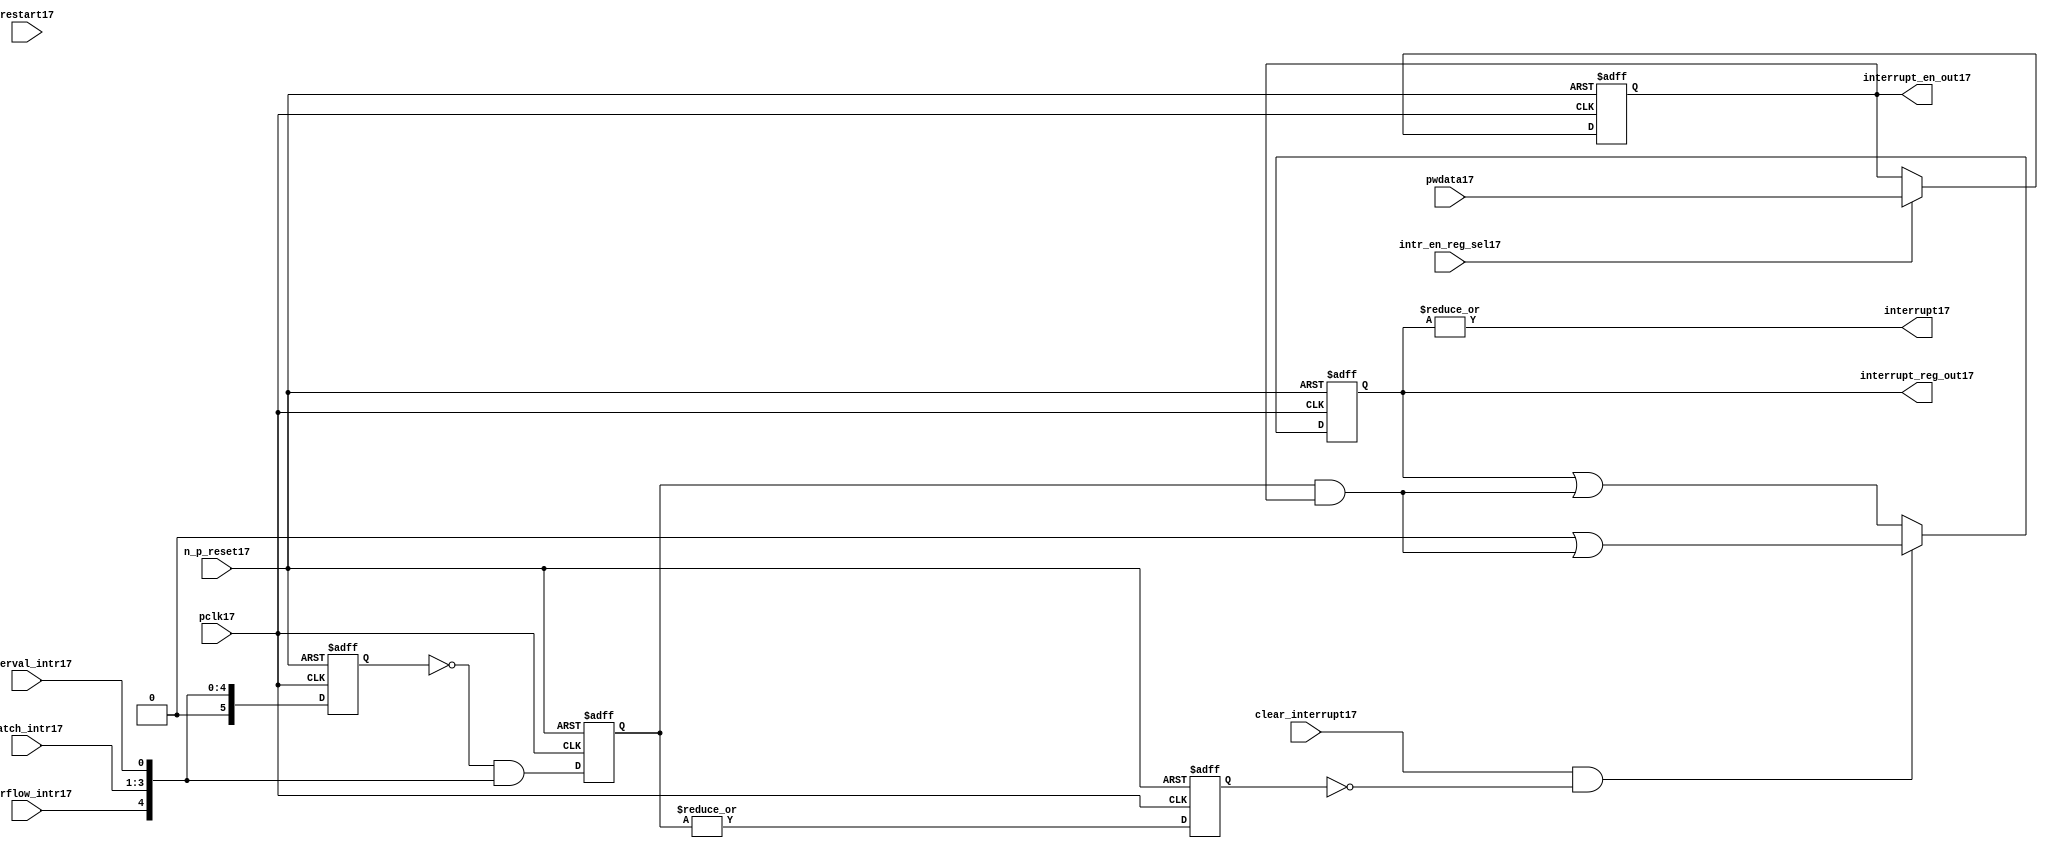
//File17 name   : ttc_interrupt_lite17.v
//Title17       : 
//Created17     : 1999
//Description17 : Interrupts17 from the counter modules17 are registered
//              and if enabled cause the output interrupt17 to go17 high17.
//              Also17 the match117 interrupts17 are monitored17 to generate output 
//Notes17       : 
//----------------------------------------------------------------------
//   Copyright17 1999-2010 Cadence17 Design17 Systems17, Inc17.
//   All Rights17 Reserved17 Worldwide17
//
//   Licensed17 under the Apache17 License17, Version17 2.0 (the
//   "License17"); you may not use this file except17 in
//   compliance17 with the License17.  You may obtain17 a copy of
//   the License17 at
//
//       http17://www17.apache17.org17/licenses17/LICENSE17-2.0
//
//   Unless17 required17 by applicable17 law17 or agreed17 to in
//   writing, software17 distributed17 under the License17 is
//   distributed17 on an "AS17 IS17" BASIS17, WITHOUT17 WARRANTIES17 OR17
//   CONDITIONS17 OF17 ANY17 KIND17, either17 express17 or implied17.  See
//   the License17 for the specific17 language17 governing17
//   permissions17 and limitations17 under the License17.
//----------------------------------------------------------------------
 


//-----------------------------------------------------------------------------
// Module17 definition17
//-----------------------------------------------------------------------------

module ttc_interrupt_lite17(

  //inputs17
  n_p_reset17,                             
  pwdata17,                             
  pclk17,
  intr_en_reg_sel17, 
  clear_interrupt17,                   
  interval_intr17,
  match_intr17,
  overflow_intr17,
  restart17,

  //outputs17
  interrupt17,
  interrupt_reg_out17,
  interrupt_en_out17
  
);


//-----------------------------------------------------------------------------
// PORT DECLARATIONS17
//-----------------------------------------------------------------------------

   //inputs17
   input         n_p_reset17;            //reset signal17
   input [5:0]   pwdata17;               //6 Bit17 Data signal17
   input         pclk17;                 //System17 clock17
   input         intr_en_reg_sel17;      //Interrupt17 Enable17 Reg17 Select17 signal17
   input         clear_interrupt17;      //Clear Interrupt17 Register signal17
   input         interval_intr17;        //Timer_Counter17 Interval17 Interrupt17
   input [3:1]   match_intr17;           //Timer_Counter17 Match17 1 Interrupt17 
   input         overflow_intr17;        //Timer_Counter17 Overflow17 Interrupt17 
   input         restart17;              //Counter17 restart17

   //Outputs17
   output        interrupt17;            //Interrupt17 Signal17 
   output [5:0]  interrupt_reg_out17;    //6 Bit17 Interrupt17 Register
   output [5:0]  interrupt_en_out17; //6 Bit17 Interrupt17 Enable17 Register


//-----------------------------------------------------------------------------
// Internal Signals17 & Registers17
//-----------------------------------------------------------------------------

   wire [5:0]   intr_detect17;          //Interrupts17 from the Timer_Counter17
   reg [5:0]    int_sync_reg17;         //6-bit 1st cycle sync register
   reg [5:0]    int_cycle_reg17;        //6-bit register ensuring17 each interrupt17 
                                      //only read once17
   reg [5:0]    interrupt_reg17;        //6-bit interrupt17 register        
   reg [5:0]    interrupt_en_reg17; //6-bit interrupt17 enable register
   

   reg          interrupt_set17;        //Prevents17 unread17 interrupt17 being cleared17
   
   wire         interrupt17;            //Interrupt17 output
   wire [5:0]   interrupt_reg_out17;    //Interrupt17 register output
   wire [5:0]   interrupt_en_out17; //Interrupt17 enable output


   assign interrupt17              = |(interrupt_reg17);
   assign interrupt_reg_out17      = interrupt_reg17;
   assign interrupt_en_out17       = interrupt_en_reg17;
   
   assign intr_detect17 = {1'b0,
                         overflow_intr17,  
                         match_intr17[3],  
                         match_intr17[2], 
                         match_intr17[1], 
                         interval_intr17};

   

// Setting interrupt17 registers
   
   always @ (posedge pclk17 or negedge n_p_reset17)
   begin: p_intr_reg_ctrl17
      
      if (!n_p_reset17)
      begin
         int_sync_reg17         <= 6'b000000;
         interrupt_reg17        <= 6'b000000;
         int_cycle_reg17        <= 6'b000000;
         interrupt_set17        <= 1'b0;
      end
      else 
      begin

         int_sync_reg17    <= intr_detect17;
         int_cycle_reg17   <= ~int_sync_reg17 & intr_detect17;

         interrupt_set17   <= |int_cycle_reg17;
          
         if (clear_interrupt17 & ~interrupt_set17)
            interrupt_reg17 <= (6'b000000 | (int_cycle_reg17 & interrupt_en_reg17));
         else 
            interrupt_reg17 <= (interrupt_reg17 | (int_cycle_reg17 & 
                                               interrupt_en_reg17));
      end 
      
   end  //p_intr_reg_ctrl17


// Setting interrupt17 enable register
   
   always @ (posedge pclk17 or negedge n_p_reset17)
   begin: p_intr_en_reg17
      
      if (!n_p_reset17)
      begin
         interrupt_en_reg17 <= 6'b000000;
      end
      else 
      begin

         if (intr_en_reg_sel17)
            interrupt_en_reg17 <= pwdata17[5:0];
         else
            interrupt_en_reg17 <= interrupt_en_reg17;

      end 
      
   end  
           


endmodule